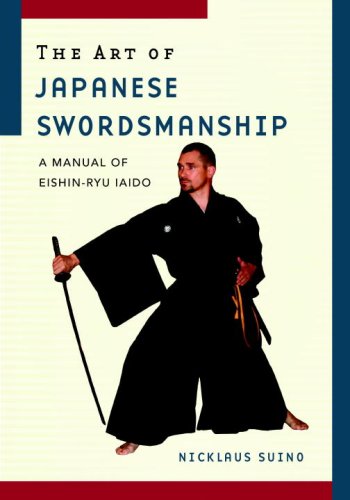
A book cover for The Art of Japanese Swordsmanship: A Manual of Eishin-Ryu Iaido; Nicklaus Suino; Sports & Outdoors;